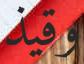
وقيذ